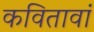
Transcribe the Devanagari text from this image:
कवितावां